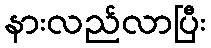
နားလည်လာပြီး